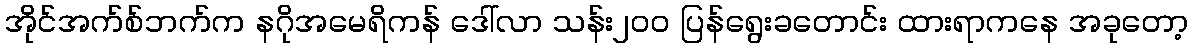
အိုင်အက်စ်ဘက်က နဂိုအမေရိကန် ဒေါ်လာ သန်း၂၀၀ ပြန်ရွေးခတောင်း ထားရာကနေ အခုတော့